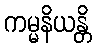
ကမ္မနိယန္တိ